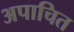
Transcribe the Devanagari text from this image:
अपाचित